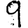
Digit: 9